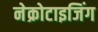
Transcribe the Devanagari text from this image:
नेक्रोटाइजिंग